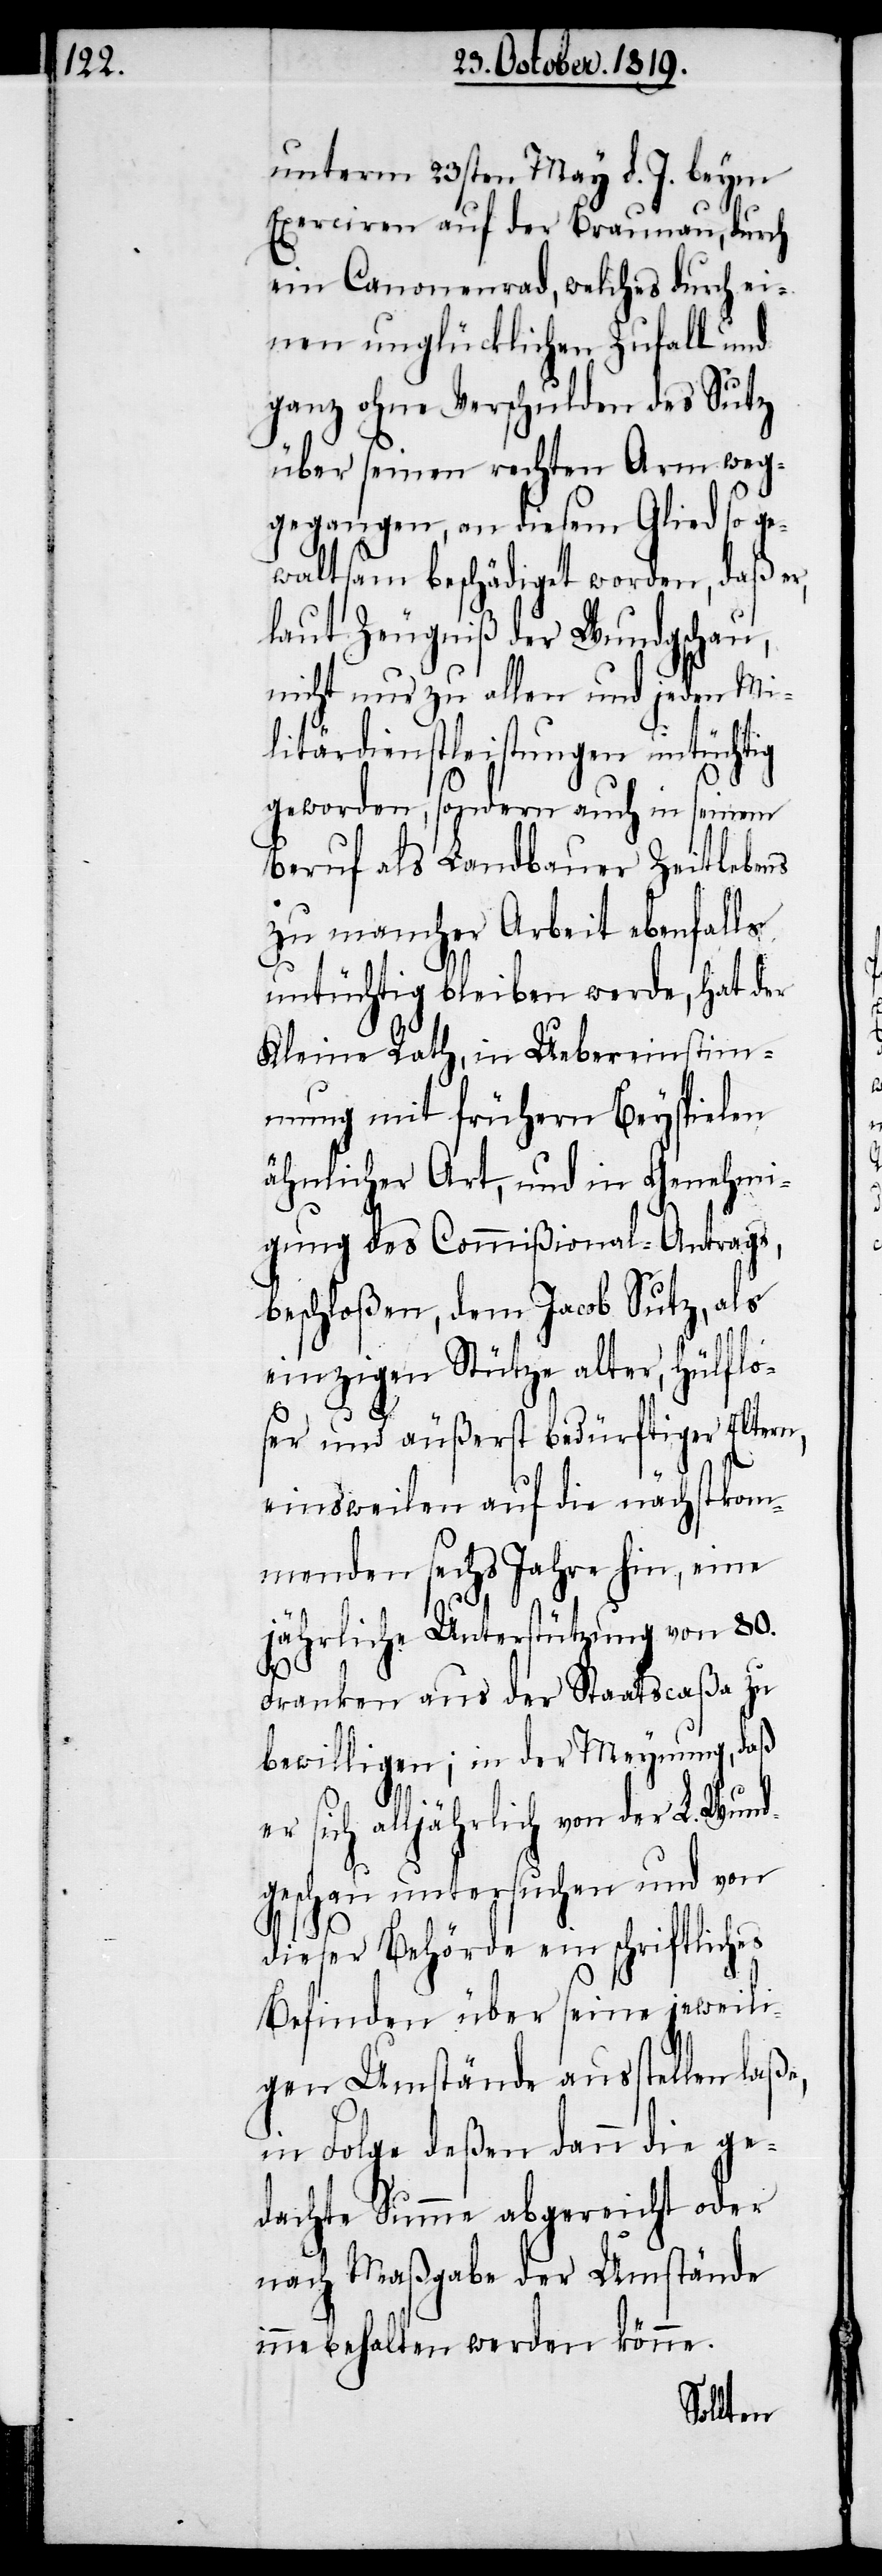
unterm 23sten May d. J. beym
Exerciren auf der Braunau, durch
ein Canonenrad, welches durch ei¬
nen unglücklichen Zufall und
ganz ohne Verschulden des Sutz
über seinen rechten Arm weg¬
gegangen, an diesem Glied so ge¬
waltsam beschädiget worden, daß er,
laut Zeugniß der Wundgschau,
nicht nur zu allen und jeden Mi¬
litärdienstleistungen untüchtig
geworden, sondern auch in seinem
Beruf als Landbauer zeitlebens
zu mancher Arbeit ebenfalls
untüchtig bleiben werde, hat der
Kleine Rath, in Uebereinstimm¬
ung mit frühern Beyspielen
ähnlicher Art, und in Genehmi¬
gung des Commißional-Antrags
beschloßen, dem Jacob Sutz, als
einzigen Stütze alter, hülflo¬
ser und äußerst bedürftiger Eltern,
einsweilen auf die nächstkom¬
menden sechs Jahre hin, eine
es
jährliche Unterstützung von 80.
Franken aus der Staascaßa zu
bewilligen; in der Meynung, daß
er sich alljährlich von der L. Wund¬
geschau untersuchen und von
dieser Behörde ein schriftlich¬
Befinden über seine jeweili¬
gen Umstände ausstellen laße,
in Folge deßen dann die ge¬
dachte Summe abgereicht oder
nach Maßgabe der Umstände
innebehalten werden könne.